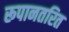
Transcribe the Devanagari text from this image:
रूपानतरित